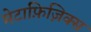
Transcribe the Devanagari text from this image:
मेटाफ़िज़िक्स